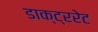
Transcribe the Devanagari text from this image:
डाक्ट्ररेट